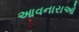
આવનારાઓ